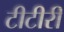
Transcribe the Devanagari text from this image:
टीटीरी